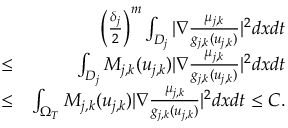
\begin{array} { r l r } & { } & { \left( \frac { \delta _ { j } } { 2 } \right) ^ { m } \int _ { D _ { j } } | \nabla \frac { \mu _ { j , k } } { g _ { j , k } ( u _ { j , k } ) } | ^ { 2 } d x d t } \\ & { \leq } & { \int _ { D _ { j } } M _ { j , k } ( u _ { j , k } ) | \nabla \frac { \mu _ { j , k } } { g _ { j , k } ( u _ { j , k } ) } | ^ { 2 } d x d t } \\ & { \leq } & { \int _ { \Omega _ { T } } M _ { j , k } ( u _ { j , k } ) | \nabla \frac { \mu _ { j , k } } { g _ { j , k } ( u _ { j , k } ) } | ^ { 2 } d x d t \leq C . } \end{array}